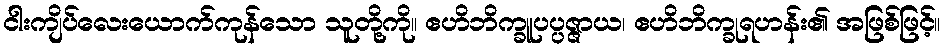
ငါးကျိပ်လေးယောက်ကုန်သော သူတို့ကို။ ဧဟိဘိက္ခူပပ္ပဇ္ဇာယ၊ ဧဟိဘိက္ခုရဟန်း၏ အဖြစ်ဖြင့်။